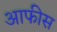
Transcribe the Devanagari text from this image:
आफीस